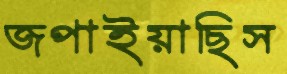
জপাইয়াছিস